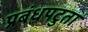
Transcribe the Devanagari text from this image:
प्रबंधपटुता